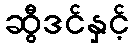
ဆွီဒင်နှင့်